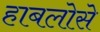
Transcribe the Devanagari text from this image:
हाबलोसे